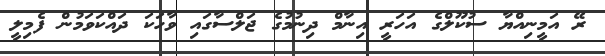
ރޭ އަމީނިއްޔާ ސުކޫލްގެ އަހަރީ އިނާމް ދިނުމުގެ ޖަލްސާގައި ވާހަކަ ދައްކަވަމުން ފެމިލީ